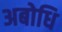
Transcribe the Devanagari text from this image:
अबोधि